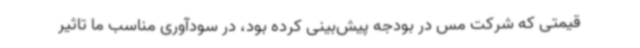
قیمتی که شرکت مس در بودجه پیش‌بینی کرده بود، در سودآوری مناسب ما تاثیر